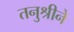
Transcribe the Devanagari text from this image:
तनुश्रीने